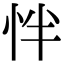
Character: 怑